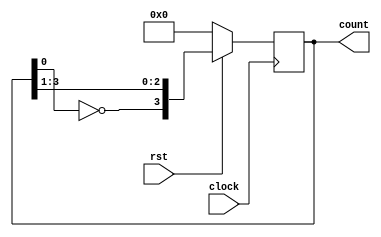
module johnson_counter(input rst, clock,
		       output reg [3:0] count);
always@(posedge clock)
	begin
		if(!rst)
			count <= 4'b0;
		else
			count <= {~(count[0]),count[3:1]};
	end

endmodule